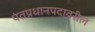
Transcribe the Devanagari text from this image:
पंतप्रधानपदावरील